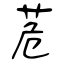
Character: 苊